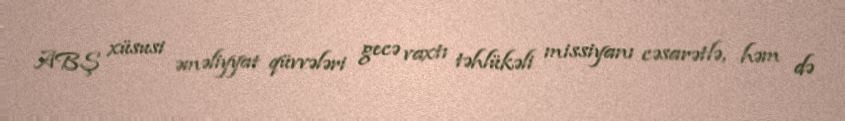
ABŞ xüsusi əməliyyat qüvvələri gecə vaxtı təhlükəli missiyanı cəsarətlə, həm də